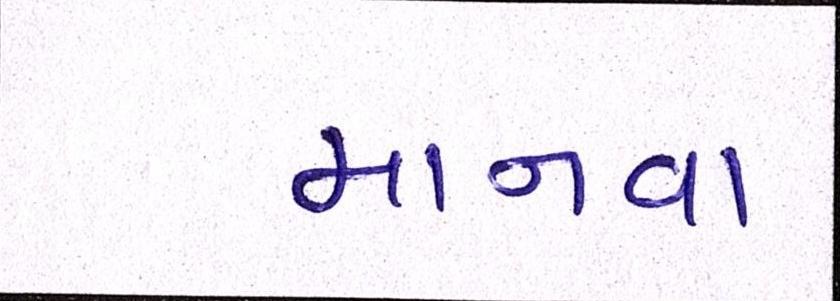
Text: માનવા